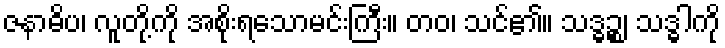
ဇနာဓိပ၊ လူတို့ကို အစိုးရသောမင်းကြီး။ တဝ၊ သင်၏။ သဒ္ဓဉ္စ၊ သဒ္ဓါကို